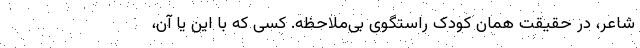
شاعر، در حقیقت همان کودک راستگویِ بی‌ملاحظه. کسی که با این یا آن،